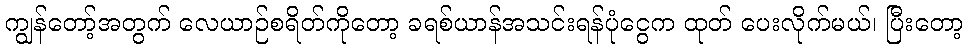
ကျွန်တော့်အတွက် လေယာဉ်စရိတ်ကိုတော့ ခရစ်ယာန်အသင်းရန်ပုံငွေက ထုတ် ပေးလိုက်မယ်၊ ပြီးတော့